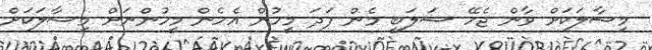
މިސާލަކަށް ވާން ޖެހޭ ޝަލަބީ މެން ފަދަ މީހުން އެހެން މީހުންނަށް މިސާލަކަށް